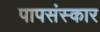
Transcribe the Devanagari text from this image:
पापसंस्कार